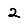
Digit: 2